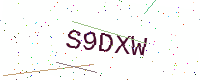
Text: S9DXW